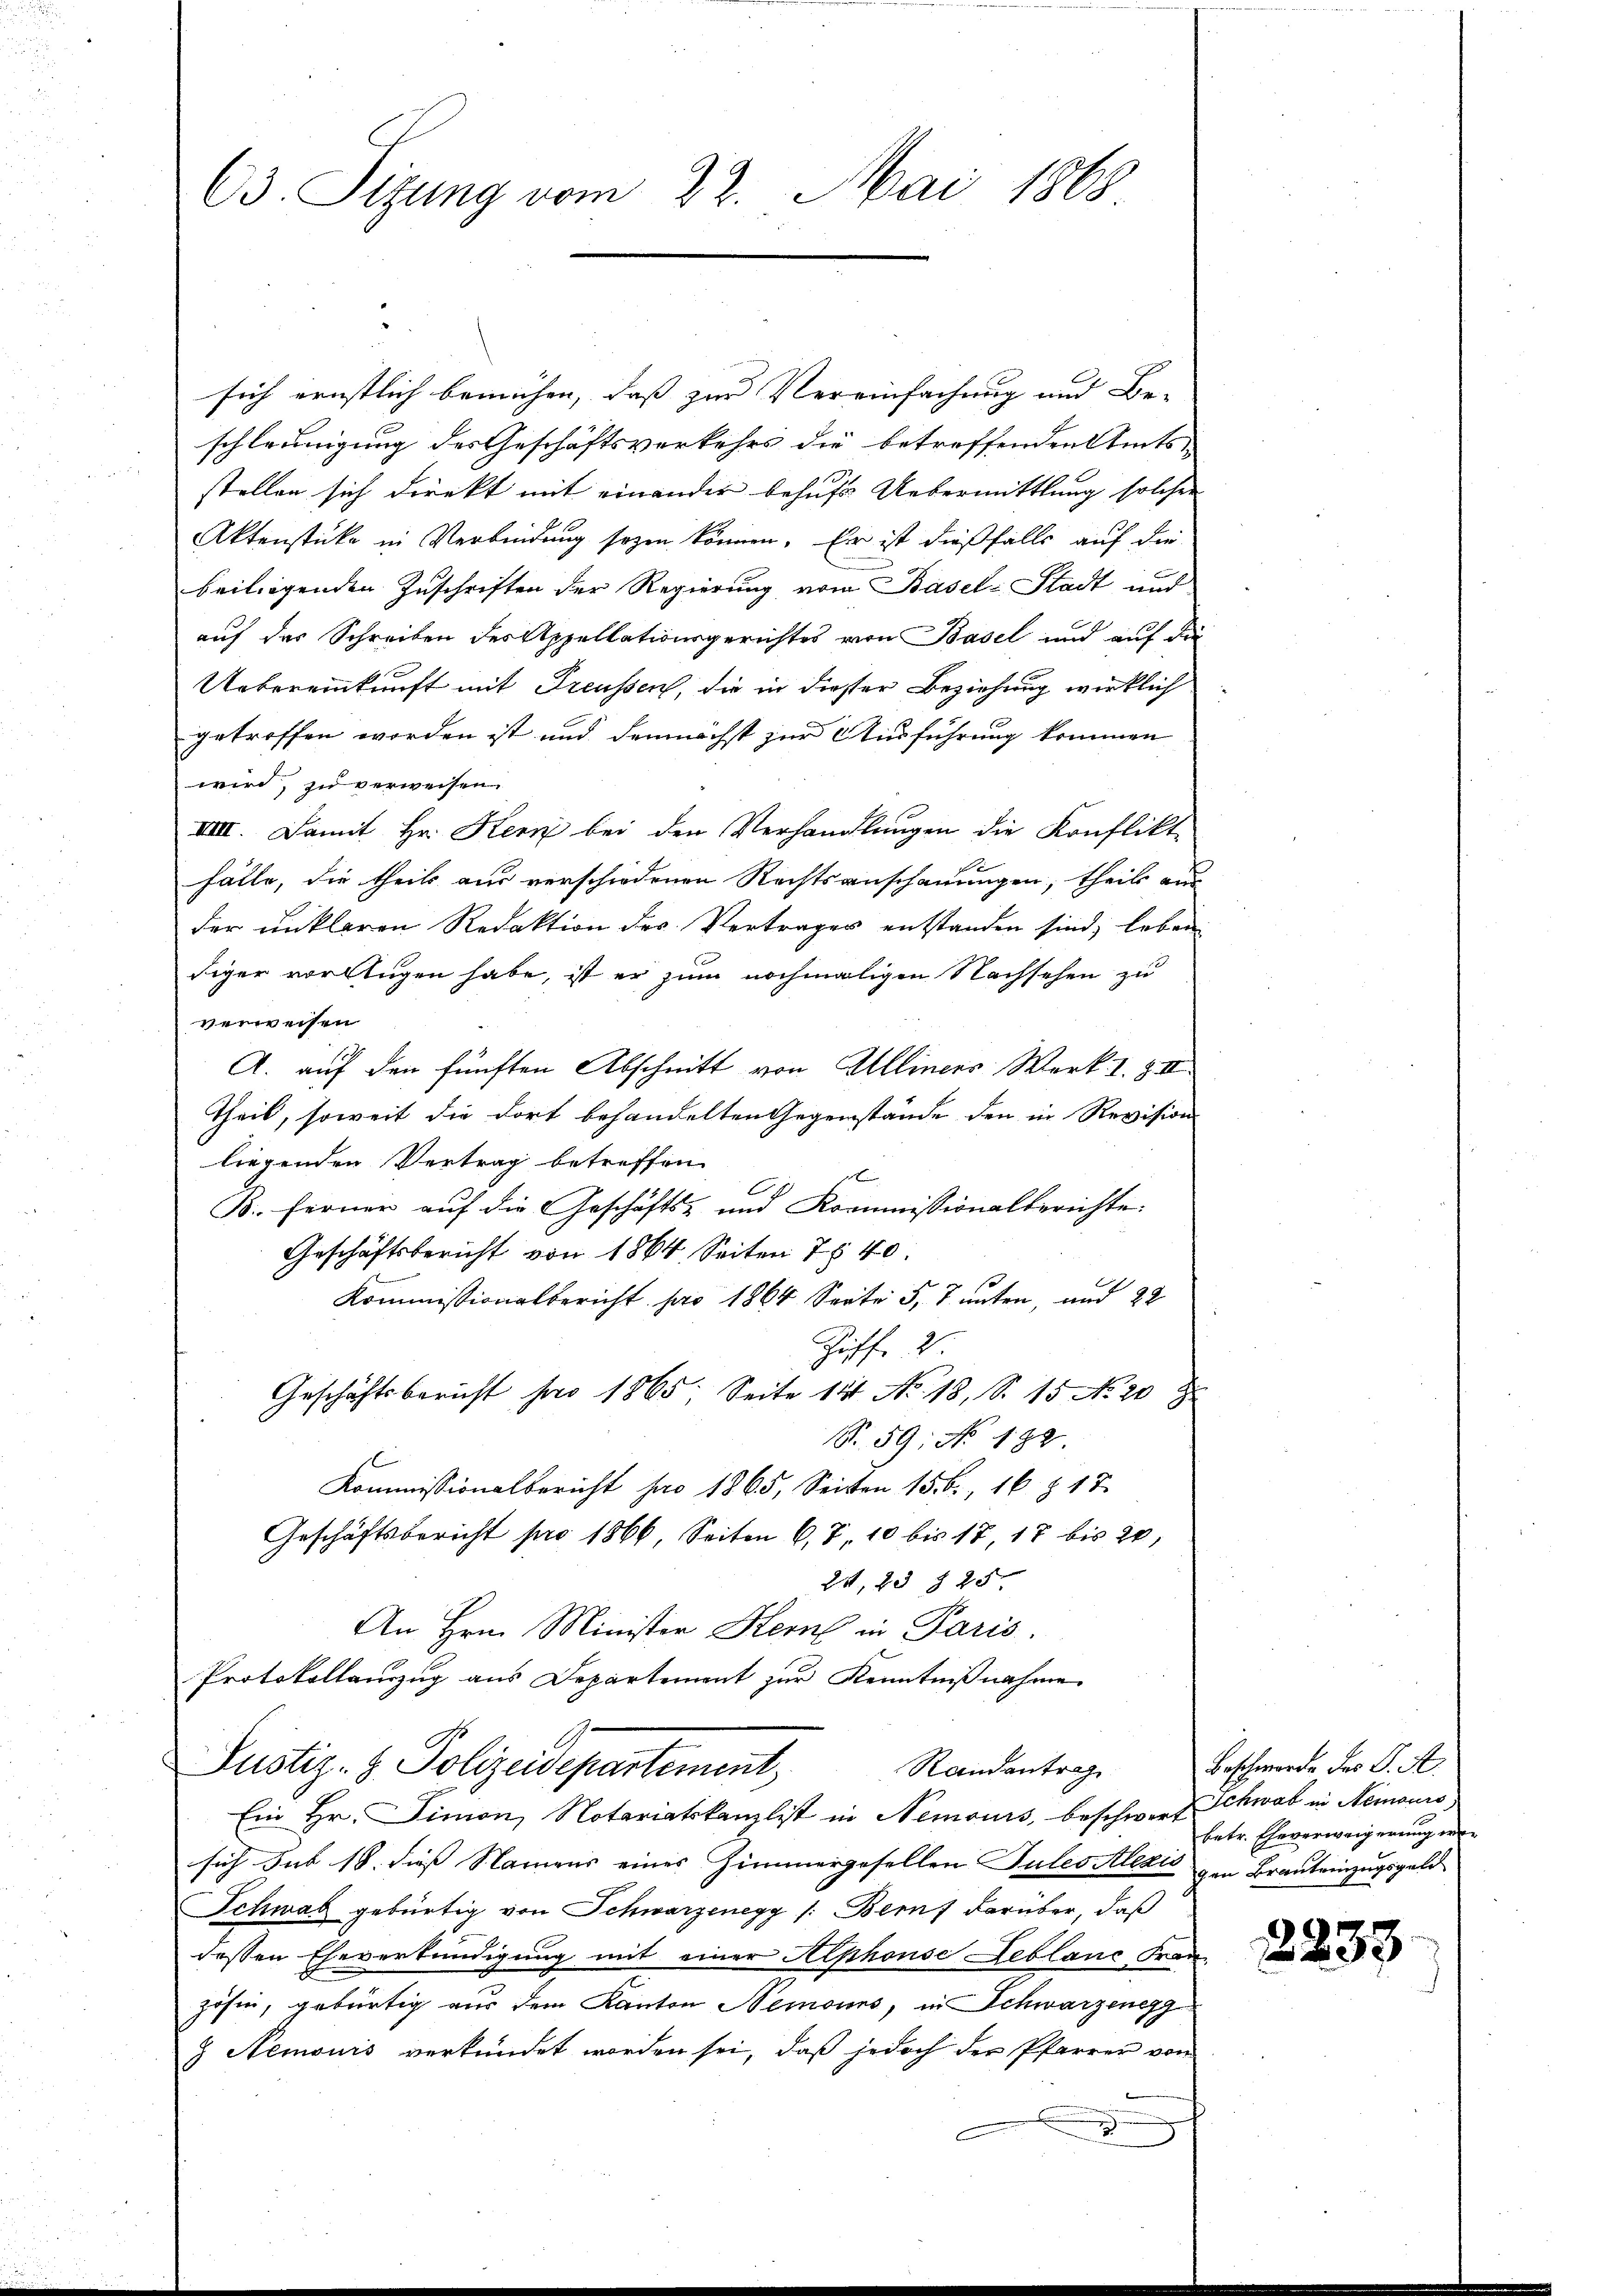
C3. Sitzung vom 22. Mai 1868

sich ernstlich bemühen, daß zur Vereinfachung und Be-
schleunigung des Geschäftsverkehrs die betreffenden Amtsstellen sich direkt mit einander behufs Uebermittlung solcher
Aktenstücke in Verbindung sogen können. Er ist dießfalls auf die
beiliegenden Zuschriften der Regierung vom Basel-Stadt und
auf das Schreiben der Appellationsgerichtes von Basel und auf die
Uebereinkunft mit Freussen, die in dieser Beziehung wirklich
getroffen worden ist und demnächst zur Ausführung kommen
wird, zu verweisen.
IIIII. Damit Hr. Kern bei den Verhandlungen die Konflikt
hälle, die theils aus verschiedenen Rechtsanschauungen, theil aus
der unklaren Redaktion der Verträger entstanden sind, leben
diger vorklugen habe, ist er zum nochmaligen Nachsehen zu
verweisen
A. auf den fünften Abschnitt von Alliners Werk. I. III
Theil, soweit die dort behandelten Gegenstände den in Revision
liegenden Vertrag betreffen.
C
B. ferner auf die Geschäfts- und Kommissionalberichte.
Geschäftsbericht von 1864 Seiten 740.
Kommissionalbericht pro 1864 Seite 5, 7 unten, und 22
Ziff. 2.
Geschäftsbericht pro 1865, Seite 14 No. 18, S. 15 No 20 J
R. 59; No. 182.
Kommissionalbericht pro 1865, Seiten 15. 6., 16 § 17
Geschäftsbericht pro 1866, Seiten 6, 7, 10 bis 17, 17 bis 20,
24, 23 § 25
An Hrn. Minister Kern in Paris.
Protokollanzug aus Departement zur Kenntnißnahme.
G
Pustiz- & Polizeidepartement
Randentrag
Ein Hr. Simon, Notariatskanzlist in Nemours, beschwert
sich sub 18. diess Namens eines Zimmergesellen Tules Alezić zur Braut einzugsgeld
Schwab gebürtig von Schwarzenegg /: Bern darüber, daß
dessen Eheverkündigung mit einer Alphonse Leblanc Fran-
zösen, gebürtig aus dem Kanton Nemoins, in Schwarzenegg
& Nemonis verkündet worden sei, daß jedoch der Pfarrer von

Beschwerde des C. A.
Schwab in Nemouro
betr. Eheverweigerung wie

2233